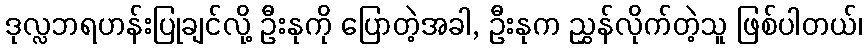
ဒုလ္လဘရဟန်းပြုချင်လို့ ဦးနုကို ပြောတဲ့အခါ, ဦးနုက ညွှန်လိုက်တဲ့သူ ဖြစ်ပါတယ်၊